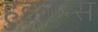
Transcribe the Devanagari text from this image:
हुडलुम्स